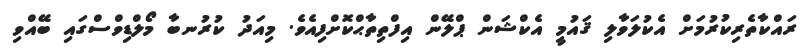
ރައްކާތެރިކުރުމަށް އެކުލަވާލި ޤައުމީ އެކްޝަން ޕްލޭން އިފްތިތާޙްކޮށްފިއެވެ. މިއަދު ކުރުނބާ މޯލްޑިވްސްގައި ބޭއްވި